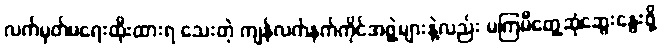
လက်မှတ်မရေးထိုးထားရ သေးတဲ့ ကျန်လက်နက်ကိုင်အဖွဲ့များနဲ့လည်း မကြမီတွေ့ဆုံဆွေးနွေးဖို့